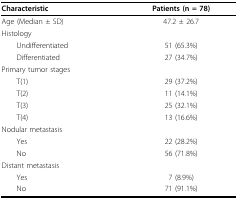
<table><thead><tr><td><b>Characteristic</b></td><td><b>Patients (n = 78)</b></td></tr></thead><tbody><tr><td>Age (Median ± SD)</td><td>47.2 ± 26.7</td></tr><tr><td>Histology</td><td>[EMPTY_CELL]</td></tr><tr><td> Undifferentiated</td><td>51 (65.3%)</td></tr><tr><td> Differentiated</td><td>27 (34.7%)</td></tr><tr><td>Primary tumor stages</td><td>[EMPTY_CELL]</td></tr><tr><td> T(1)</td><td>29 (37.2%)</td></tr><tr><td> T(2)</td><td>11 (14.1%)</td></tr><tr><td> T(3)</td><td>25 (32.1%)</td></tr><tr><td> T(4)</td><td>13 (16.6%)</td></tr><tr><td>Nodular metastasis</td><td>[EMPTY_CELL]</td></tr><tr><td> Yes</td><td>22 (28.2%)</td></tr><tr><td> No</td><td>56 (71.8%)</td></tr><tr><td>Distant metastasis</td><td>[EMPTY_CELL]</td></tr><tr><td> Yes</td><td>7 (8.9%)</td></tr><tr><td> No</td><td>71 (91.1%)</td></tr></tbody></table>